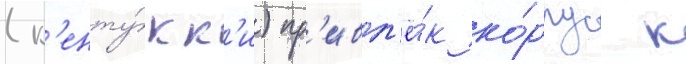
(к'енту́кк'и) пр'ивл'ё́к ко́рпус к